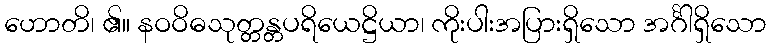
ဟောတိ၊ ၏။ နဝဝိဓသုတ္တန္တပရိယေဋ္ဌိယာ၊ ကိုးပါးအပြားရှိသော အင်္ဂါရှိသော